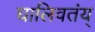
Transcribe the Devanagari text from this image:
घालिवतंय्